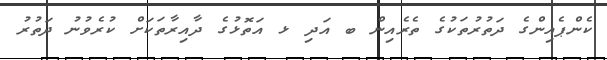
ކެންޕެއިންގެ ދަތުރުތަކުގެ ތެރެއިން ބ އަދި ޅ އަތޮޅުގެ ދާއިރާތަކަށް ކުރެވުނު ދަތުރު